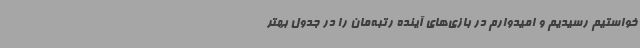
‌خواستیم رسیدیم و امیدوارم در بازی‌های آینده رتبه‌مان را در جدول بهتر